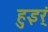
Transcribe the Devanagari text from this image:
हुइर्ं